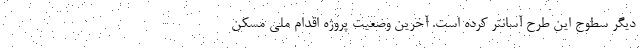
دیگر سطوح این طرح آسانتر کرده است. آخرین وضعیت پروژه اقدام ملی مسکن